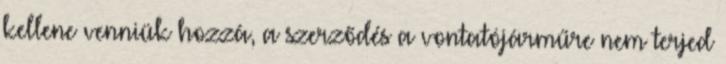
kellene venniük hozzá, a szerződés a vontatójárműre nem terjed